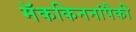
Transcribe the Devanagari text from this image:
मॅककिननांपैकी